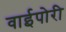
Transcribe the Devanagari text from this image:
वाईपोरी